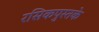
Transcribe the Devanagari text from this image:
रसिकपुस्तके